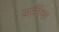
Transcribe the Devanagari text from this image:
अर्लीचा